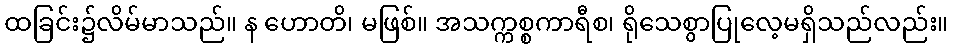
ထခြင်း၌လိမ်မာသည်။ န ဟောတိ၊ မဖြစ်။ အသက္ကစ္စကာရီစ၊ ရိုသေစွာပြုလေ့မရှိသည်လည်း။